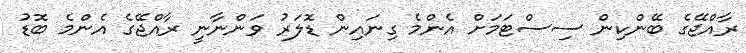
ރާއްޖޭގެ ބޭންކިން ސިސްޓަމަށް އެންމެ ގިނައިން ޑޮލަރު ވަންނާނީ ރާއްޖޭގެ އެންމެ ބޮޑު